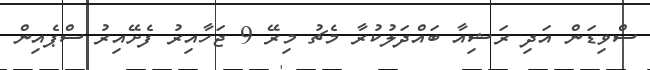
ސްވިޑަން އަދި ރަޝިއާ ބައްދަލުކުރާ މެޗު މިރޭ 9 ޖަހާއިރު ފެށޭއިރު ސްޕެއިން